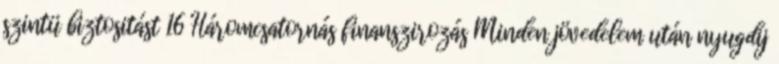
szintü biztositást 16 Háromcsatornás finanszirozás Minden jövedelem után nyugdij